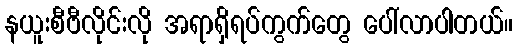
နယူးစီဗီလိုင်းလို အရာရှိရပ်ကွက်တွေ ပေါ်လာပါတယ်။